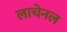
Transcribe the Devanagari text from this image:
लाचेनल